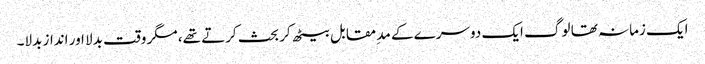
ایک زمانہ تھا لوگ ایک دوسرے کے مد ِمقابل بیٹھ کر بحث کرتے تھے، مگر وقت بدلا اور انداز بدلا۔